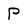
Character: p